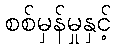
စစ်မှန်မှုနှင့်